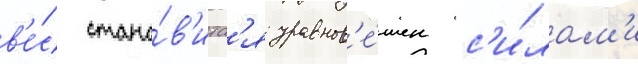
в'е́с стано́в'итс'я уравнов'е́шен с'и́лам'и